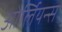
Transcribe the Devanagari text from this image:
ओर्लियन्स